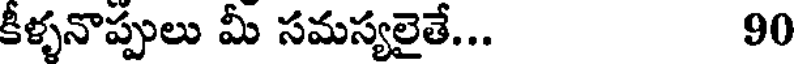
కీళ్ళనొప్పులు మీ సమస్యలైతే... 90